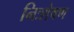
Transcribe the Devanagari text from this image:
निःशेषण